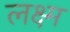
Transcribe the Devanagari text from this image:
लक्ष्म